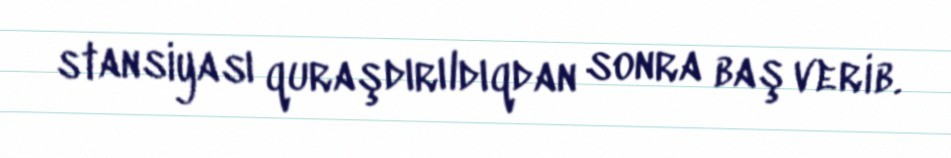
stansiyası quraşdırıldıqdan sonra baş verib.